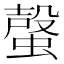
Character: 𧏌